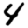
Digit: 4